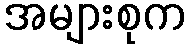
အများစုက